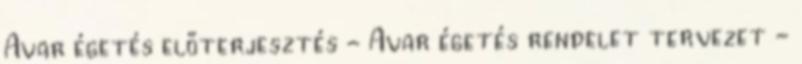
Avar égetés előterjesztés - Avar égetés rendelet tervezet -